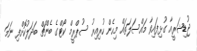
ޖުޑިޝަރީއާ ގުޅިފައިވާ މައްސަލަތައް މިހެން ހުރިއިރު ސުޕްރީމް ކޯޓްގެ ބެންޗް ބަދަލުކޮށްފި ނަމަ